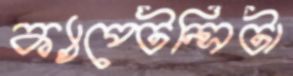
ক্যাপ্টেন্সিটা